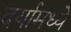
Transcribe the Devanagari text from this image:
दर्यामध्ये